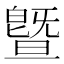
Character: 曁